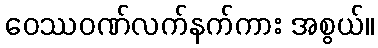
ဝေဿဝဏ်လက်နက်ကား အစွယ်။